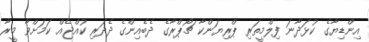
އިންޑިޔާގެ ކުޅަދާނަ ފިލްމީތަރި ޕްރިޔަންކާ ޗޯޕްރާގެ ދެބެއިންގެ ދެދަރި ކުއްޖެއް ކަމަށްވާ މީރާ